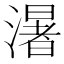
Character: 濐